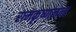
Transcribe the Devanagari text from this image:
रामकृष्णनन्द